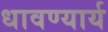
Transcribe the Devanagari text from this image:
धावण्यार्य